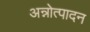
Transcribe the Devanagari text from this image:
अन्नोत्पादन